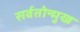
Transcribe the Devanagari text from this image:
सर्वतोन्मुख